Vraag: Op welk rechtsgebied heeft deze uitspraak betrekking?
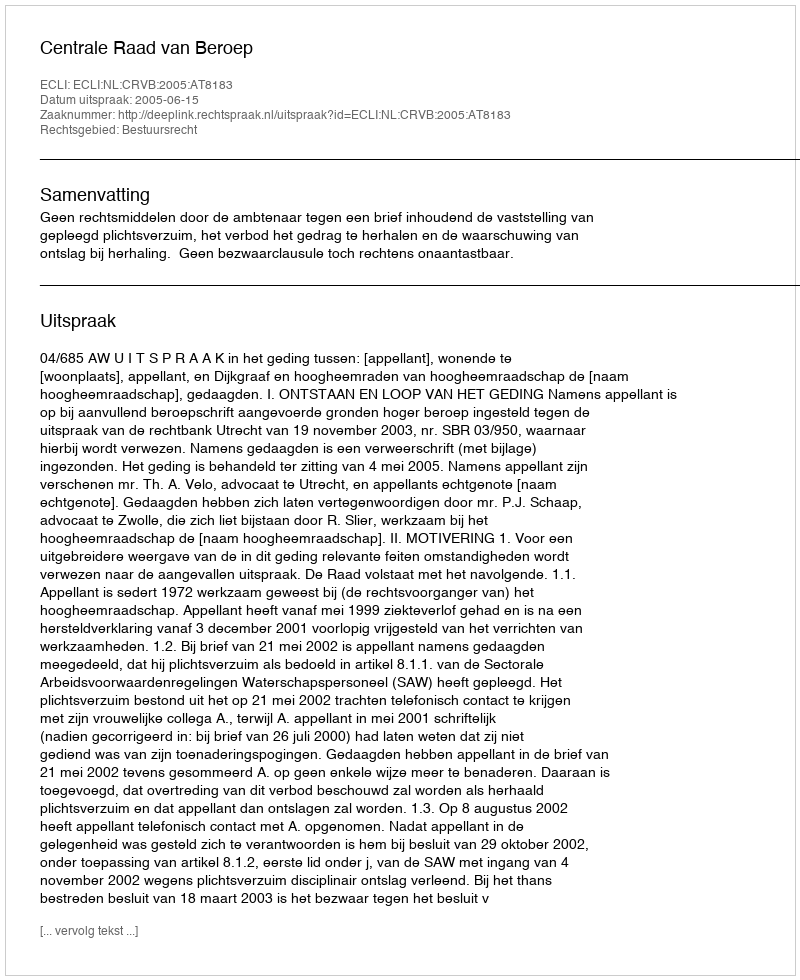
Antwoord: Bestuursrecht